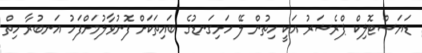
ޑަޔަސްޓޮލިކް ޕްރެޝަރު އަކީ ހިތުން ލޭ ހަށިގަނޑުގެ ބައިތަކަށް ފޮނުވާލުމަށްފަހު އަނބުރާ ހިތް